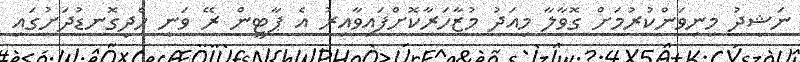
ނަޝީދު މިނިވަންކުރުމަށް ގޮވާލާ މިއަދު މުޒާހަރާކޮށްފައިވާއިރު އެ ޕާޓީން ރޭ ވަނީ ހެދިގޮނޑުދަށުގައި